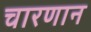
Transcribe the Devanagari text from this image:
चारणान